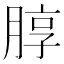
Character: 朜